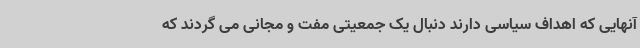
آنهایی که اهداف سیاسی دارند دنبال یک جمعیتی مفت و مجانی می گردند که